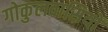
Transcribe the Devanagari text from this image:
गोकुलवासियों